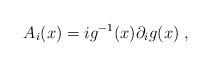
LaTeX: \begin{align*}A_i(x)=ig^{-1}(x)\partial_i g(x)\;, \end{align*}